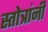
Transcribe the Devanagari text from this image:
स्तोत्रांनी